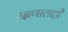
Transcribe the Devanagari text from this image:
रक्षणालाही